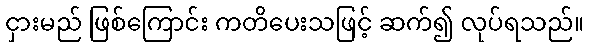
ငှားမည် ဖြစ်ကြောင်း ကတိပေးသဖြင့် ဆက်၍ လုပ်ရသည်။